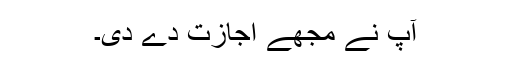
آپؐ نے مجھے اجازت دے دی۔